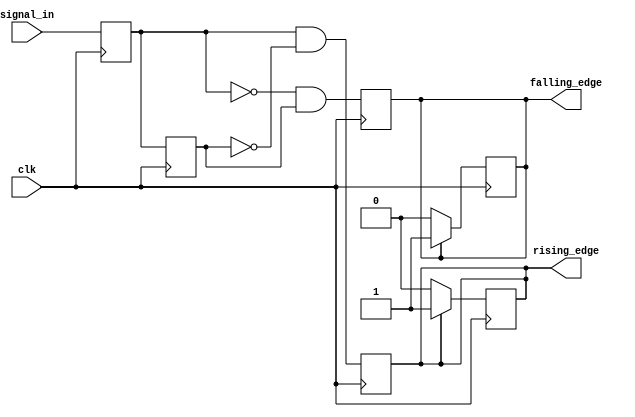
module dual_edge_detector (
    input wire clk,          // Clock input
    input wire signal_in,    // Input signal to be monitored
    output reg rising_edge,   // Output signal for rising edge detection
    output reg falling_edge   // Output signal for falling edge detection
);

    reg prev_state;          // Previous state of the input signal
    reg curr_state;          // Current state of the input signal

    always @(posedge clk) begin
        // Update the previous state to the current state
        prev_state <= curr_state;
        // Capture the current state of the input signal
        curr_state <= signal_in;

        // Edge detection logic
        rising_edge <= (curr_state == 1'b1 && prev_state == 1'b0);
        falling_edge <= (curr_state == 1'b0 && prev_state == 1'b1);
    end

    // Reset rising_edge and falling_edge signals on the next clock cycle
    always @(posedge clk) begin
        // Clear edges unless they have been asserted
        if (rising_edge) begin
            rising_edge <= 1'b1;
        end else begin
            rising_edge <= 1'b0;
        end

        if (falling_edge) begin
            falling_edge <= 1'b1;
        end else begin
            falling_edge <= 1'b0;
        end
    end

endmodule